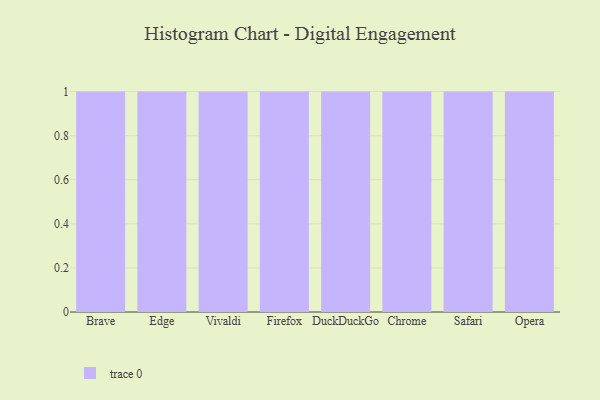
{"axis": {"x": "Browser", "y": "Backlog"}, "legend": [""], "data": [{"x": "Brave", "y": 92, "type": ""}, {"x": "Edge", "y": 17, "type": ""}, {"x": "Vivaldi", "y": 35, "type": ""}, {"x": "Firefox", "y": 17, "type": ""}, {"x": "DuckDuckGo", "y": 31, "type": ""}, {"x": "Chrome", "y": 93, "type": ""}, {"x": "Safari", "y": 54, "type": ""}, {"x": "Opera", "y": 22, "type": ""}]}